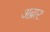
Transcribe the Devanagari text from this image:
अब्रार